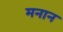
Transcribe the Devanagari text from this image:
मनान